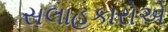
સલાહકારોએ